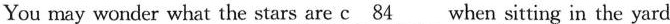
You may wonder what the stars are \underline{c84} when sitting in the yard